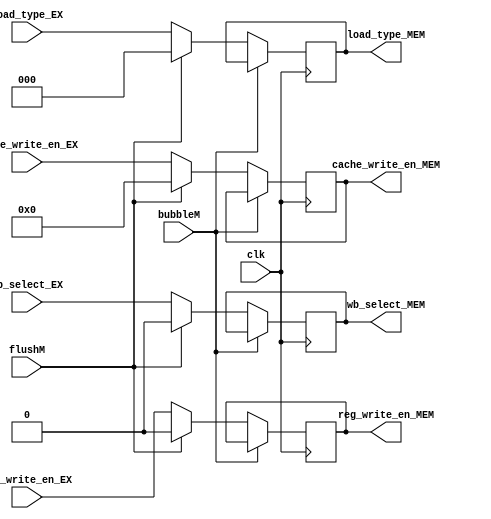
`timescale 1ns / 1ps
//  
    // EX\MEM?
// 
    // clk                  
    // wb_select_EX         CacheALU
    // load_type_EX         load
    // reg_write_en_EX      
    // cache_write_en_EX    data cache
    // bubbleM              EXbubble
    // flushM               EXflush
// 
    // wb_select_MEM        CacheALU
    // load_type_MEM        load
    // reg_write_en_MEM     
    // cache_write_en_MEM   data cache

//   
    // 



module Ctrl_MEM(
    input wire clk, bubbleM, flushM,
    input wire wb_select_EX,
    input wire [2:0] load_type_EX,
    input wire reg_write_en_EX,
    input wire [3:0] cache_write_en_EX,
    output reg wb_select_MEM,
    output reg [2:0] load_type_MEM,
    output reg reg_write_en_MEM,
    output reg [3:0] cache_write_en_MEM
    );

    initial 
    begin
        wb_select_MEM = 0;
        load_type_MEM = 2'h0;
        reg_write_en_MEM = 0;
        cache_write_en_MEM = 3'h0;
    end
    
    always@(posedge clk)
        if (!bubbleM) 
        begin
            if (flushM)
            begin
                wb_select_MEM <= 0;
                load_type_MEM <= 2'h0;
                reg_write_en_MEM <= 0;
                cache_write_en_MEM <= 3'h0;
            end
            else
            begin
                wb_select_MEM <= wb_select_EX;
                load_type_MEM <= load_type_EX;
                reg_write_en_MEM <= reg_write_en_EX;
                cache_write_en_MEM <= cache_write_en_EX;
            end
        end
    
endmodule